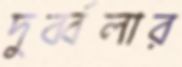
দুর্ব্বলার